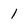
Character: 1